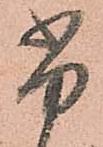
尚